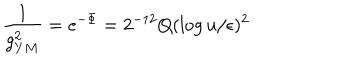
{ \frac { 1 } { g _ { Y M } ^ { 2 } } } = e ^ { - \Phi } = 2 ^ { - 1 2 } Q ( \log { u / \epsilon } ) ^ { 2 }